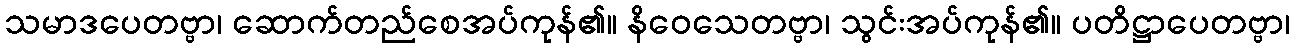
သမာဒပေတဗ္ဗာ၊ ဆောက်တည်စေအပ်ကုန်၏။ နိဝေသေတဗ္ဗာ၊ သွင်းအပ်ကုန်၏။ ပတိဋ္ဌာပေတဗ္ဗာ၊